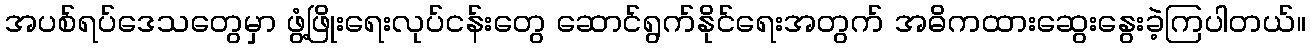
အပစ်ရပ်ဒေသတွေမှာ ဖွံ့ဖြိုးရေးလုပ်ငန်းတွေ ဆောင်ရွက်နိုင်ရေးအတွက် အဓိကထားဆွေးနွေးခဲ့ကြပါတယ်။